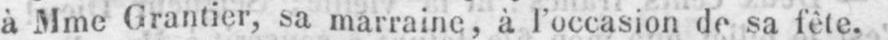
à Mme Grantier, sa marraine, à l’occasion de sa fête.